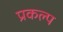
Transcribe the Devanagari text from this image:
प्रकल्‍प